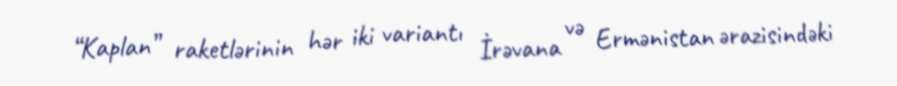
“Kaplan” raketlərinin hər iki variantı İrəvana və Ermənistan ərazisindəki